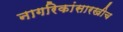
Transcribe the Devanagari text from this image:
नागरिकांसारखीच